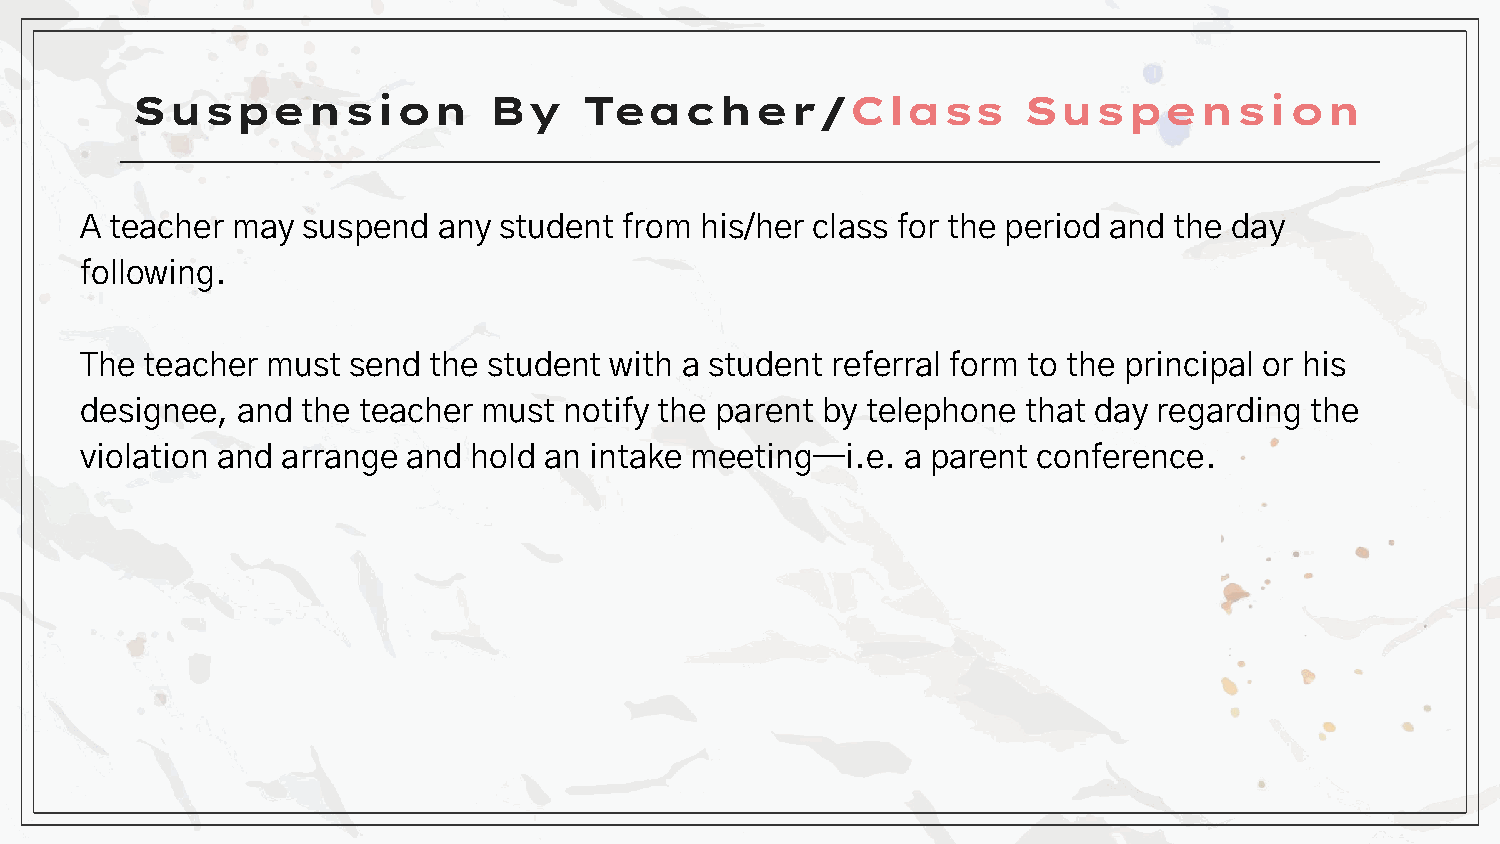
Suspension             By     Teacher/Class                Suspension
 A teacher may  suspend  any student from his/her class for the period and the day
 following.
 The teacher  must send the student with a student referral form to the principal or his
 designee,  and the teacher must notify the parent by telephone that day regarding the
 violation and arrange and hold an intake meeting—i.e.  a parent conference.